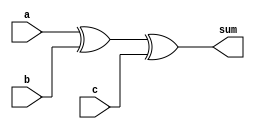
/*Full Adder*/


module full_adder_df(a,b,c,sum);

	input a,b,c;
	output sum;

	assign sum=a ^ b ^ c;
	//assign carry= (a&b)|(b&c)|(c&a);

endmodule